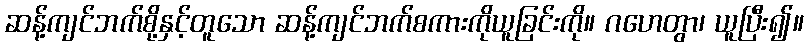
ဆန့်ကျင်ဘက်စို့နှင့်တူသော ဆန့်ကျင်ဘက်စကားကိုယူခြင်းကို။ ဂဟေတွာ၊ ယူပြီး၍။